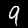
Label: 9